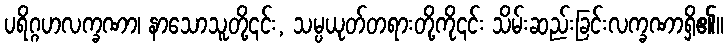
ပရိဂ္ဂဟလက္ခဏာ၊ နာသောသူတို့၎င်း, သမ္ပယုတ်တရားတို့ကို၎င်း သိမ်းဆည်းခြင်းလက္ခဏာရှိ၏။